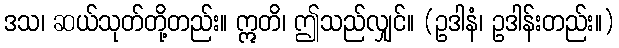
ဒသ၊ ဆယ်သုတ်တို့တည်း။ ဣတိ၊ ဤသည်လျှင်။ (ဥဒါနံ၊ ဥဒါန်းတည်း။)